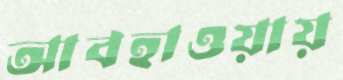
আবহাওয়ায়